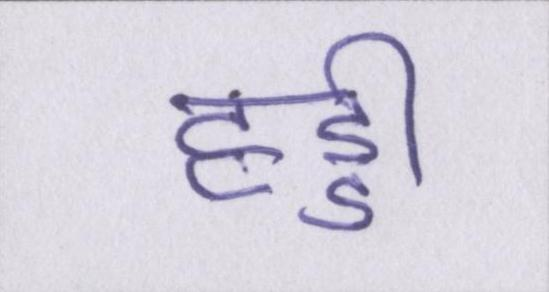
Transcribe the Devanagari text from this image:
हड्डी